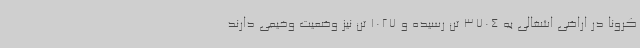
کرونا در اراضی اشغالی به 3704 تن رسیده و 1027 تن نیز وضعیت وخیمی دارند